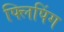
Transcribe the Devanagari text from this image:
फ्लिपिंग